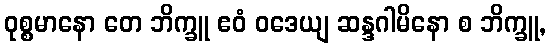
ဝုစ္စမာနော တေ ဘိက္ခူ ဧဝံ ဝဒေယျ ဆန္ဒဂါမိနော စ ဘိက္ခူ,